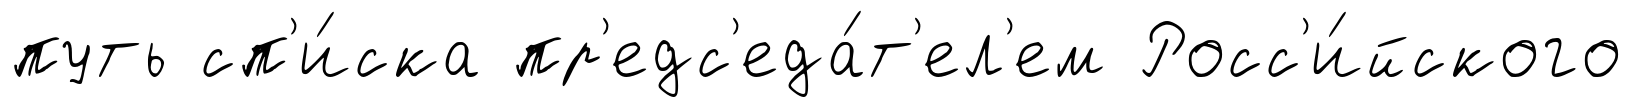
путь сп'и́ска пр'едс'еда́т'ел'ем Росс'и́йского